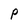
Character: P